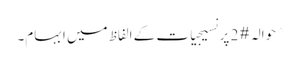
^ حوالہ #2 پر نسیجیات کے الفاظ میں ابہام۔